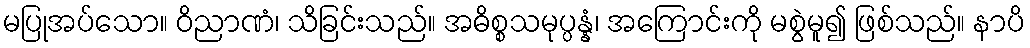
မပြုအပ်သော။ ဝိညာဏံ၊ သိခြင်းသည်။ အဓိစ္စသမုပ္ပန္နံ၊ အကြောင်းကို မစွဲမူ၍ ဖြစ်သည်။ နာပိ